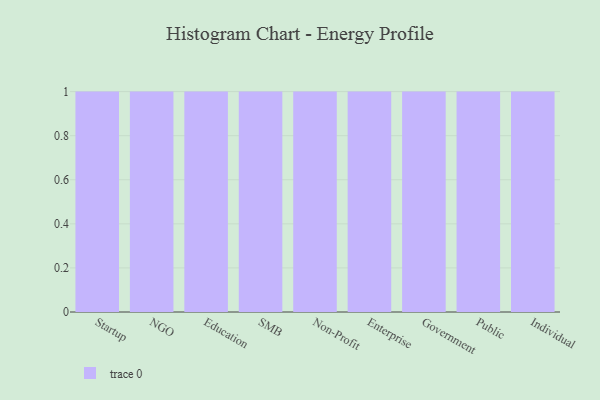
{"axis": {"x": "Segment", "y": "Operating Costs (USD K)"}, "legend": [""], "data": [{"x": "Startup", "y": 86, "type": ""}, {"x": "NGO", "y": 35, "type": ""}, {"x": "Education", "y": 55, "type": ""}, {"x": "SMB", "y": 45, "type": ""}, {"x": "Non-Profit", "y": 90, "type": ""}, {"x": "Enterprise", "y": 11, "type": ""}, {"x": "Government", "y": 35, "type": ""}, {"x": "Public", "y": 39, "type": ""}, {"x": "Individual", "y": 67, "type": ""}]}